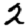
Digit: 2